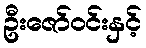
ဦးဇော်ဝင်းနှင့်